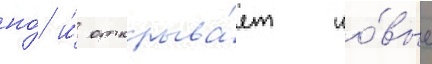
но́ и́ открыва́ет но́вые